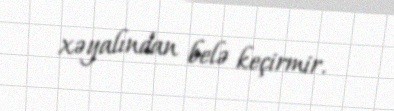
xəyalından belə keçirmir.